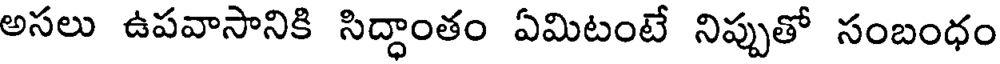
అసలు ఉపవాసానికి సిద్ధాంతం ఏమిటంటే నిప్పుతో సంబంధం